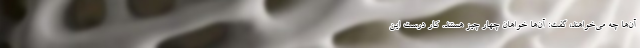
آن‌ها چه می‌خواهند، گفت: آن‌ها خواهان چهار چیز هستند. کار درست این